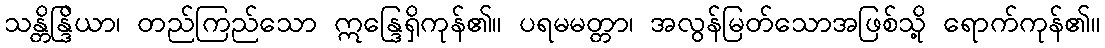
သန္တိန္ဒြိယာ၊ တည်ကြည်သော ဣန္ဒြေရှိကုန်၏။ ပရမမတ္တာ၊ အလွန်မြတ်သောအဖြစ်သို့ ရောက်ကုန်၏။